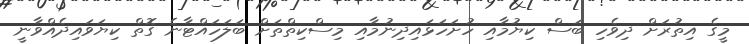
މީގެ އިތުރަށް ދިވެހި ބަސް ކިޔުމާއި ހުށަހަޅައިދިނުމާއި މިސްކިތްތަށް ބަލަހައްޓާނެ ގޮތް ކިޔަވައިދެއްވާނީ